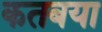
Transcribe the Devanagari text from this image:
कतबया